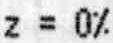
Z = 0%